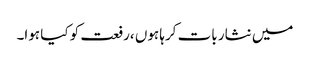
میں نثار بات کرہا ہوں ،رفعت کو کیا ہوا۔